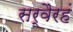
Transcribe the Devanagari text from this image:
सर्वैरहं